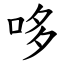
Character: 哆